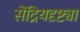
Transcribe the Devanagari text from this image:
सेंद्रियदृष्ट्या